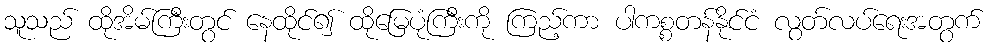
သူသည် ထိုအိမ်ကြီးတွင် နေထိုင်၍ ထိုမြေပုံကြီးကို ကြည့်ကာ ပါကစ္စတန်နိုင်ငံ လွတ်လပ်ရေးအတွက်